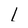
Character: I